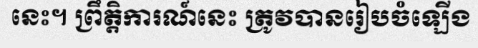
នេះ។ ព្រឹត្តិការណ៍នេះ ត្រូវបានរៀបចំឡើង